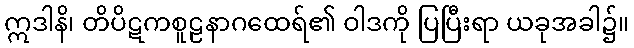
ဣဒါနိ၊ တိပိဋကစူဠနာဂထေရ်၏ ဝါဒကို ပြပြီးရာ ယခုအခါ၌။